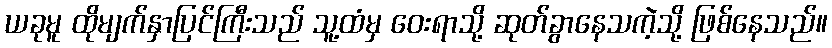
ယခုမူ ထိုမျက်နှာပြင်ကြီးသည် သူ့ထံမှ ဝေးရာသို့ ဆုတ်ခွာနေသကဲ့သို့ ဖြစ်နေသည်။